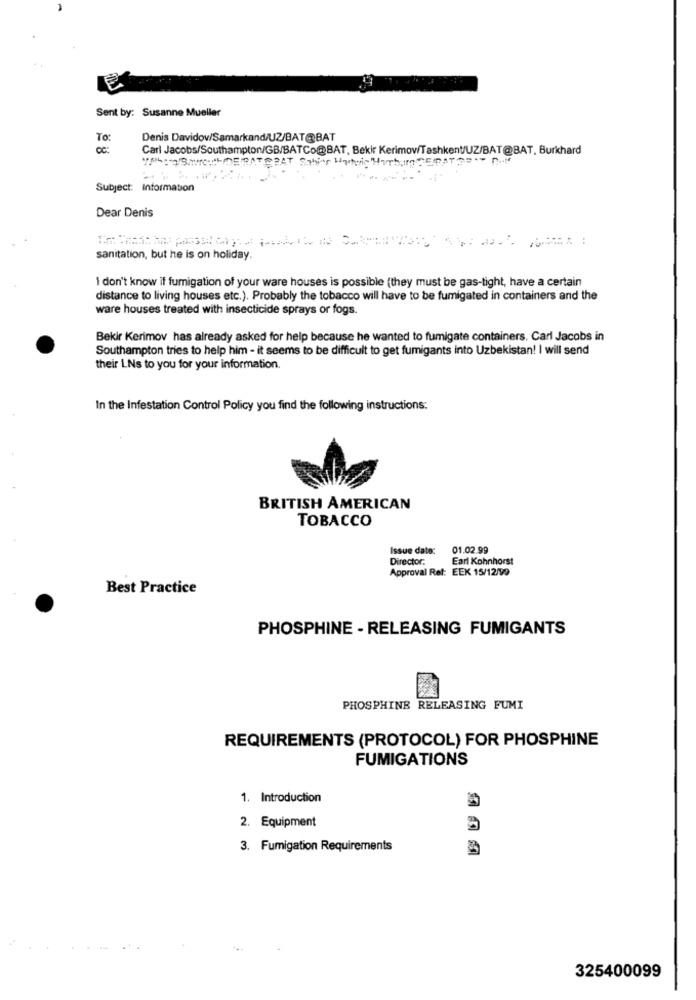
Sent by: Susanne Mueller
To:
Denis Davidov/Samarkand/UZ/BAT@BAT
CC:
Carl Jacobs/Southampton/GB/BATCo@BAT, Bekir Kerimow/Tashkent/UZ/BAT@BAT, Burkhard
Subject: Information
Dear Denis
sanitation, but he is on holiday.
I don't know if fumigation of your ware houses is possible (they must be gas-tight, have a certain
distance to living houses etc.). Probably the tobacco will have to be fumigated in containers and the
ware houses treated with insecticide sprays or fogs.
Bekir Kerimov has already asked for help because he wanted to fumigate containers. Carl Jacobs in
Southampton tries to help him - it seems to be difficult to get fumigants into Uzbekistan! I will send
their LNs to you for your information.
In the Infestation Control Policy you find the following instructions:
BRITISH AMERICAN
TOBACCO
Issue date:
01.02.99
Director.
Earl Kohnhorst
Approval Ref: EEK 15/12/99
Best Practice
PHOSPHINE - RELEASING FUMIGANTS
PHOSPHINE RELEASING FUMI
REQUIREMENTS (PROTOCOL) FOR PHOSPHINE
FUMIGATIONS
1. Introduction
2. Equipment
3. Fumigation Requirements
325400099